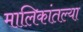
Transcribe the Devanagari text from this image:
मालिकांतल्या